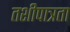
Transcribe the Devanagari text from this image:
तशीपात्रता